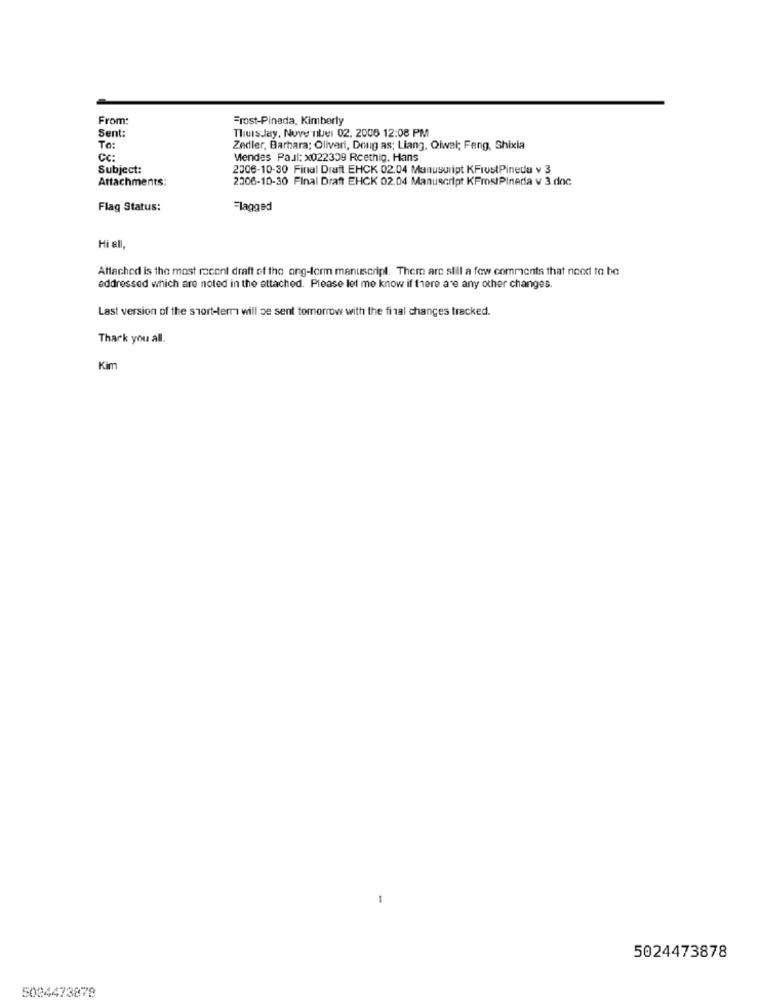
From:
Frost-Pineda, Kimberly
Sent:
Thursday, Nove nbe: 02. 2006 12:08 PM
To:
Zedler, Barbara; Oliveri, Doug as; Liang, Oiwai; Feng, Shixia
Cc:
Mendes Paul: x022309 Rcethig. Hans
Subject:
2006-10-30 Final Draft EHCK 02.04 Manuscript KFrustPineda v 3
Attachments:
2306-10-30 Final Draft EHCK 02.04 Manuscript KFrostPineria v 3.doc
Flag Status:
Flagged
Hi all,
Attached is the most recent draft of the ong-term manuscript. Them are still a few comments that need to be
addressed which are noted in the attached. Please let me know if there are any other changes.
Last version of the short-termi will se sent tomorrow with the final changes tracked.
Thark you all.
Kim
-
5024473878
5024473878